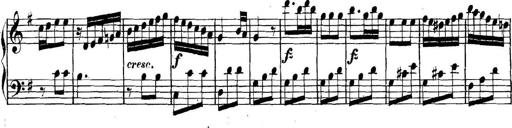
Title: Collected Piano Sonatas
Composer: Muzio Clementi